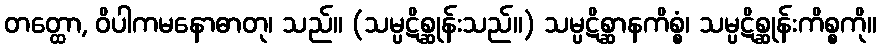
တတ္ထော, ဝိပါကမနောဓာတု၊ သည်။ (သမ္ပဋိစ္ဆုန်းသည်။) သမ္ပဋိစ္ဆာနကိစ္စံ၊ သမ္ပဋိစ္ဆုန်းကိစ္စကို။